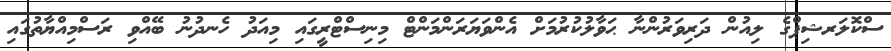
ސްކޮލަރޝިޕްގެ ލިއުން ދަރިވަރުންނާ ޙަވާލުކުރުމަށް އެންވަޔަރަންމަންޓް މިނިސްޓްރީގައި މިއަދު ހެނދުނު ބޭއްވި ރަސްމިއްޔާތުގައި